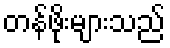
တန်ဖိုးများသည်